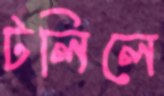
টলিলে